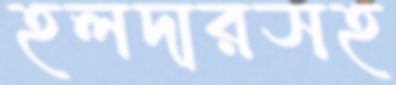
হলদারসহ